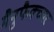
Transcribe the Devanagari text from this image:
मैनुफैक्च्यर